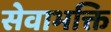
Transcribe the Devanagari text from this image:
सेवाभक्ति